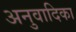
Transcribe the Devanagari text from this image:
अनुवादिका